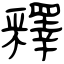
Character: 釋